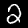
Label: 2